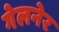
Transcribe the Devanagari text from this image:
गेलनेर